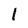
Character: 1